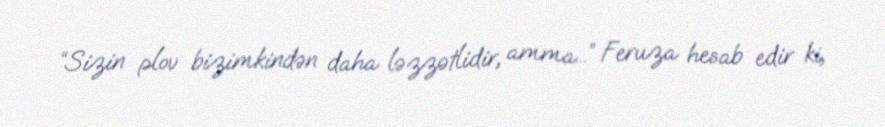
“Sizin plov bizimkindən daha ləzzətlidir, amma...” Feruza hesab edir ki,